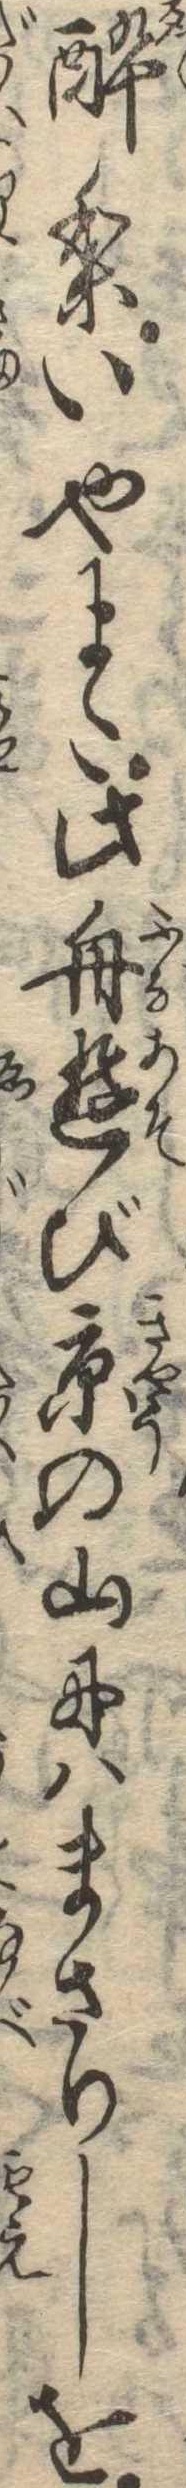
酔りいやまた此舟遊び京の山にはまさりしを